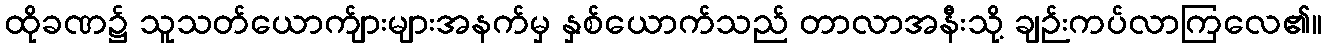
ထိုခဏ၌ သူသတ်ယောက်ျားများအနက်မှ နှစ်ယောက်သည် တာလာအနီးသို့ ချဉ်းကပ်လာကြလေ၏။